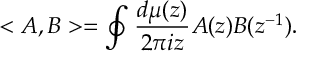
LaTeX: < A , B > = \oint \frac { d \mu ( z ) } { 2 \pi i z } A ( z ) B ( z ^ { - 1 } ) .